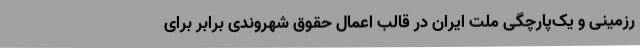
رزمینی و یک‌پارچگی ملت ایران در قالب اعمال حقوق شهروندیِ برابر برای